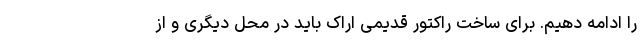
را ادامه دهیم. برای ساخت راکتور قدیمی اراک باید در محل دیگری و از